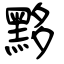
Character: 黟